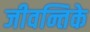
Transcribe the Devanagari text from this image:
जीवन्तिके